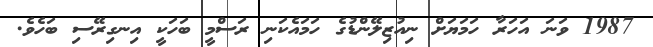
1987 ވަނަ އަހަރާ ހަމަޔަށް ނިއުޒިލޭންޑުގެ ހަމައެކަނި ރަސްމީ ބަހަކީ އިނގިރޭސި ބަހެވެ.